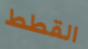
القطط